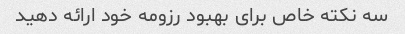
سه نکته خاص برای بهبود رزومه خود ارائه دهید